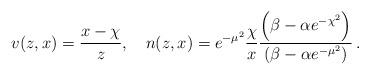
LaTeX: \begin{align*} v(z,x)= \frac{x-\chi}{z}, \quad n(z,x)= e^{-\mu^2} \frac{\chi}{x} \frac{\left( \beta - \alpha e^{-\chi^2}\right)} {\left( \beta - \alpha e^{- \mu^2} \right)} \,.\end{align*}